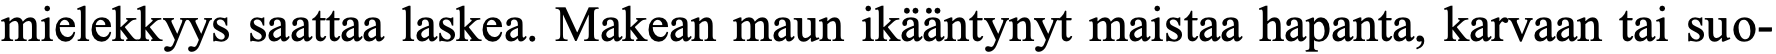
mielekkyys saattaa laskea. Makean maun ikääntynyt maistaa hapanta, karvaan tai suo-